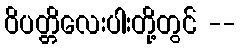
ဝိပတ္တိလေးပါးတို့တွင် --